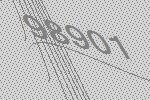
98901